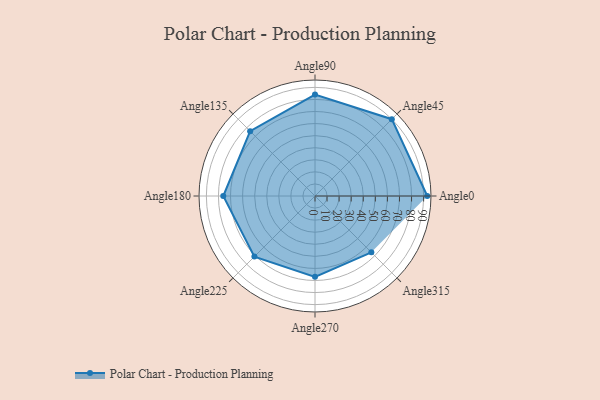
{"axis": {"x": "Angle", "y": "Radius"}, "legend": [""], "data": [{"x": "Angle0", "y": 93.0, "type": ""}, {"x": "Angle45", "y": 90.0, "type": ""}, {"x": "Angle90", "y": 84.0, "type": ""}, {"x": "Angle135", "y": 76.0, "type": ""}, {"x": "Angle180", "y": 76.0, "type": ""}, {"x": "Angle225", "y": 71.0, "type": ""}, {"x": "Angle270", "y": 67.0, "type": ""}, {"x": "Angle315", "y": 66.0, "type": ""}]}